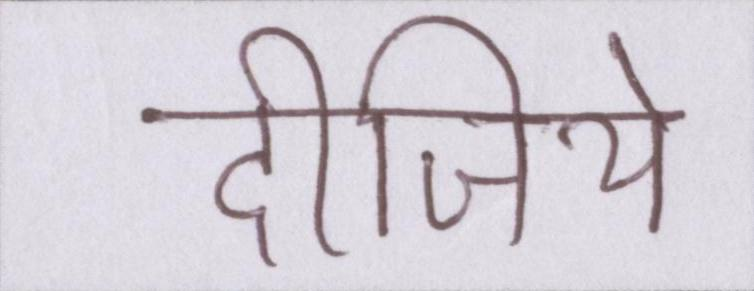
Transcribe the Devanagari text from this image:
दीजिये